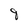
Character: 8